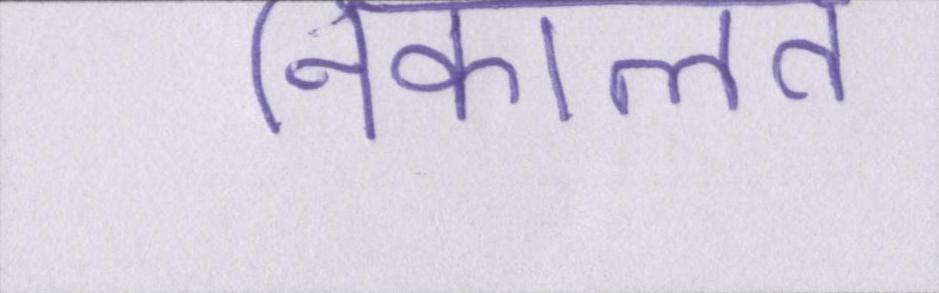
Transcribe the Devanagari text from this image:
निकालते